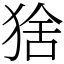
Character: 猞